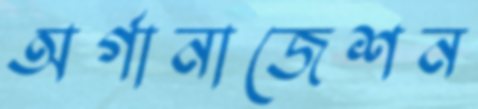
অর্গানাজেশন